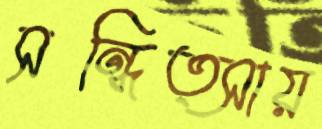
সন্ধিত্সায়